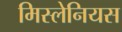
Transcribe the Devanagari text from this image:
मिस्लेनियस